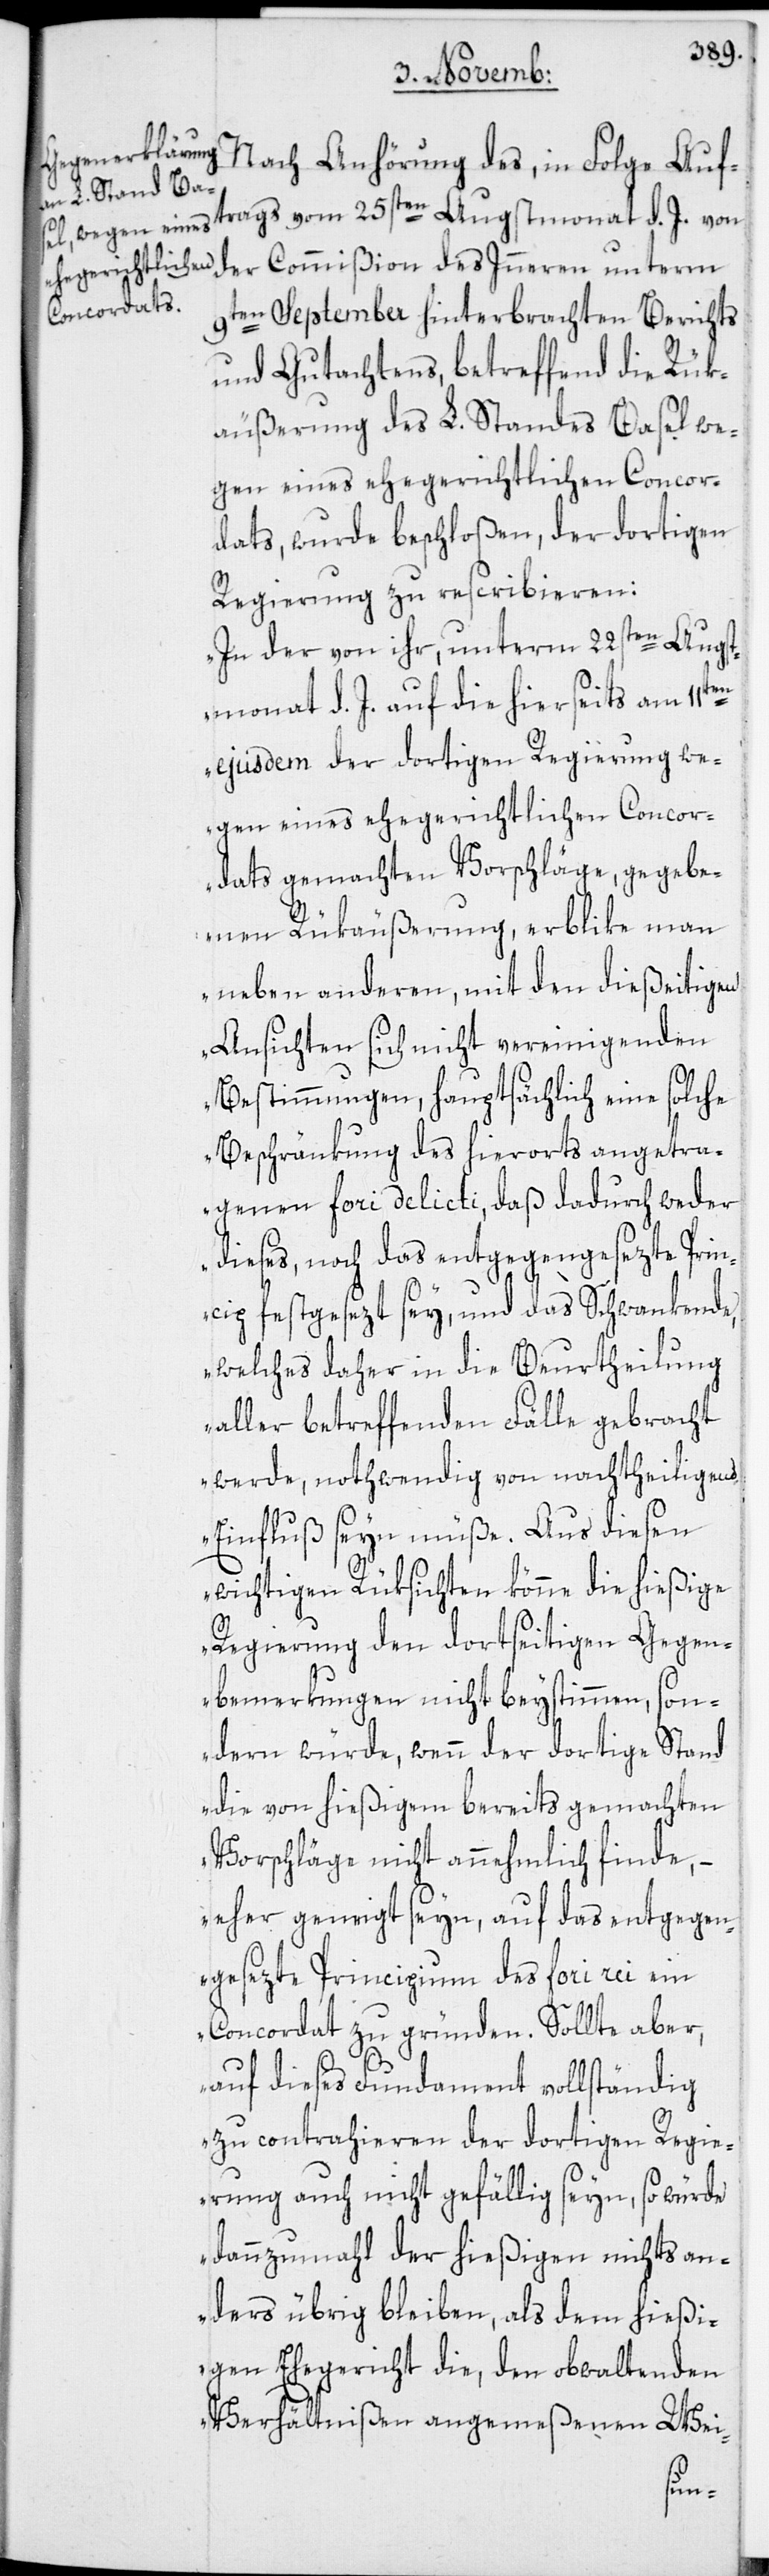
Nach Anhörung des, in Folge Auf¬
trags vom 25sten Augstmonat d. J. von
der Commißion des Inneren unterm
9ten September hinterbrachten Berichts
und Gutachtens, betreffend die Rük¬
äußerung des L. Standes Basel we¬
gen eines ehegerichtlichen Concor¬
dats, wurde beschloßen, der dortigen
Regierung zu rescribieren:
„In der von ihr, unterm 22sten Augst¬
monat d. J. auf die hierseits am 11ten
ejusdem der dortigen Regierung we¬
gen eines ehegerichtlichen Concor¬
dats gemachten Vorschläge, gegebe¬
nen Rükäußerung, erblike man
neben anderen, mit den dießeitigen
Ansichten sich nicht vereinigenden
Bestimmungen, hauptsächlich eine solche
Beschränkung des hierorts angetra¬
genen fori delicti, daß dadurch weder
dieses, noch das entgegengesezte Prin¬
cip festgesezt sey, und das Schwankende,
welches daher in die Beurtheilung
aller betreffenden Fälle gebracht
werde, nothwendig von nachtheiligen
Einfluß seyn müße. Aus diesen
wichtigen Rüksichten könne die hießige
Regierung den dortseitigen Gegen¬
bemerkungen nicht beystimmen, son¬
dern würde, wenn der dortige Stand
die von hießigem bereits gemachten
Vorschläge nicht annehmlich finde,
eher geneigt seyn, auf das entgegen¬
gesezte Principium des fori rei ein
Concordat zu gründen. Sollte aber,
auf dieses Fundament vollständig
zu contrahieren der dortigen Regie¬
rung auch nicht gefällig seyn, so würde
dannzumahl der hießigen nichts an¬
ders übrig bleiben, als dem hießi¬
gen Ehegericht die, den obwaltenden
Verhältnißen angemeßenen Wie-